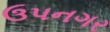
ઉપનગર